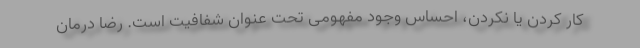
کار کردن یا نکردن، احساس وجود مفهومی تحت عنوان شفافیت است. رضا درمان